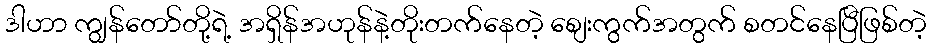
ဒါဟာ ကျွန်တော်တို့ရဲ့ အရှိန်အဟုန်နဲ့တိုးတက်နေတဲ့ စျေးကွက်အတွက် စတင်နေပြီဖြစ်တဲ့